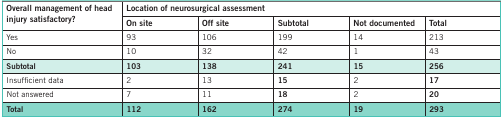
<table><thead><tr><td rowspan="2"><b>Overall management of head injury satisfactory?</b></td><td colspan="5"><b>Location of neurosurgical assessment</b></td></tr><tr><td><b>On site</b></td><td><b>Off site</b></td><td><b>Subtotal</b></td><td><b>Not documented</b></td><td><b>Total</b></td></tr></thead><tbody><tr><td>yes</td><td>93</td><td>106</td><td>199</td><td>14</td><td>213</td></tr><tr><td>No</td><td>10</td><td>32</td><td>42</td><td>1</td><td>43</td></tr><tr><td><b>Subtotal</b></td><td><b>103</b></td><td><b>138</b></td><td><b>241</b></td><td><b>15</b></td><td><b>256</b></td></tr><tr><td>Insufficient data</td><td>2</td><td>13</td><td><b>15</b></td><td>2</td><td><b>17</b></td></tr><tr><td>Not answered</td><td>7</td><td>11</td><td><b>18</b></td><td>2</td><td><b>20</b></td></tr><tr><td><b>Total</b></td><td><b>112</b></td><td><b>162</b></td><td><b>274</b></td><td><b>19</b></td><td><b>293</b></td></tr></tbody></table>